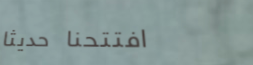
افتتحنا حديثاً